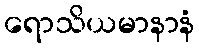
ရောသိယမာနာနံ